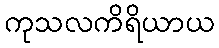
ကုသလကိရိယာယ